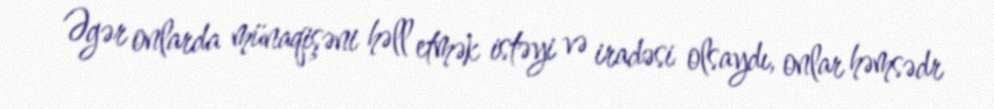
Əgər onlarda münaqişəni həll etmək istəyi və iradəsi olsaydı, onlar həmsədr